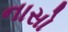
નાસો